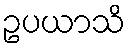
ဥပယာသိ